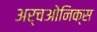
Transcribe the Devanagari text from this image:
अर्चओनिक्स